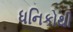
ધનિકોથી